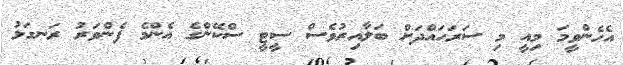
އެހެންވީމަ މިއީ މި ސަރަހައްދަށް ބަލާއިރުވެސް ސީޓީ ސްކޭންގެ އެންމެ ފެންވަރު ރަނގަޅު